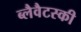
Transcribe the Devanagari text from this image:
ब्लैवैटस्की